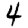
Digit: 4